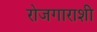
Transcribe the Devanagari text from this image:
रोजगाराशी